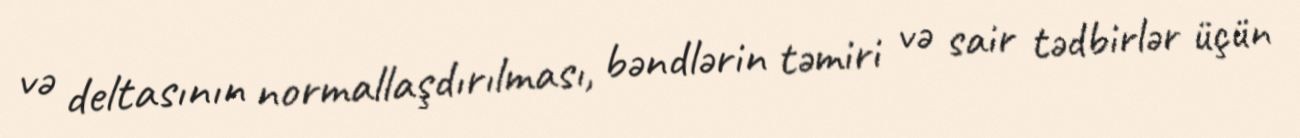
və deltasının normallaşdırılması, bəndlərin təmiri və sair tədbirlər üçün